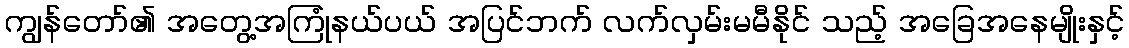
ကျွန်တော်၏ အတွေ့အကြုံနယ်ပယ် အပြင်ဘက် လက်လှမ်းမမီနိုင် သည့် အခြေအနေမျိုးနှင့်